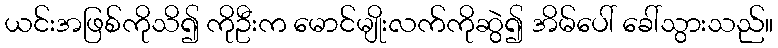
ယင်းအဖြစ်ကိုသိ၍ ကိုဦးက မောင်မျိုးလက်ကိုဆွဲ၍ အိမ်ပေါ် ခေါ်သွားသည်။